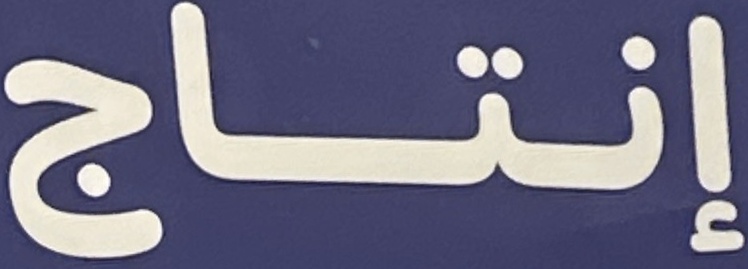
إنتاج